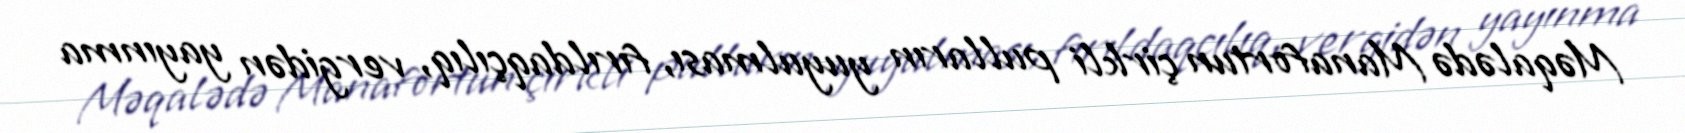
Məqalədə Manafortun çirkli pulların yuyulması, fırıldaqçılıq, vergidən yayınma